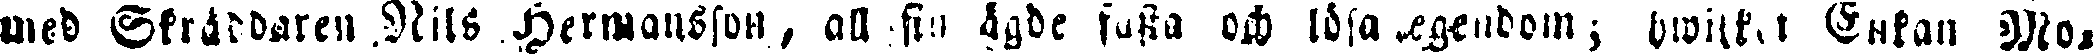
med Skräddaren Nils Hermansson, all sin ägde fasta och lösa egendom; hwilka Enkan Mo-